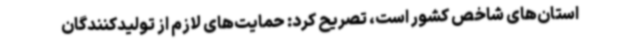
استان‌های شاخص کشور است، تصریح کرد: حمایت‌های لازم از تولیدکنندگان